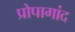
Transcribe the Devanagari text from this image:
प्रोपागांद